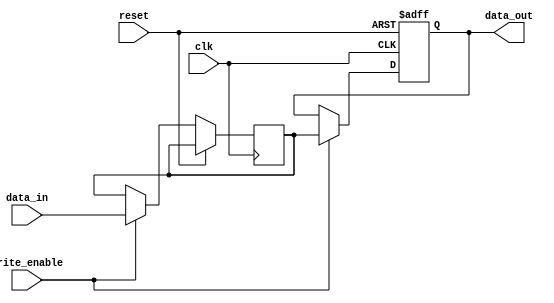
module GlobalBuffer (
    input wire clk,
    input wire reset,
    input wire [63:0] data_in,
    output reg [63:0] data_out,
    input wire write_enable
);

    reg [63:0] buffer [0:108*1024/64-1]; // Assuming 108KB buffer, 64-bit wide

    always @(posedge clk or posedge reset) begin
        if (reset) begin
            data_out <= 64'b0;
        end else if (write_enable) begin
            buffer[0] <= data_in; // Simplified example logic
            data_out <= buffer[0];
        end
    end
endmodule